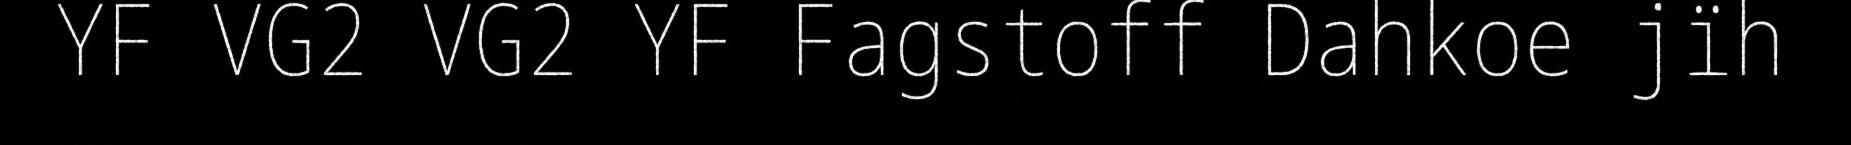
YF VG2 VG2 YF Fagstoff Dahkoe jïh